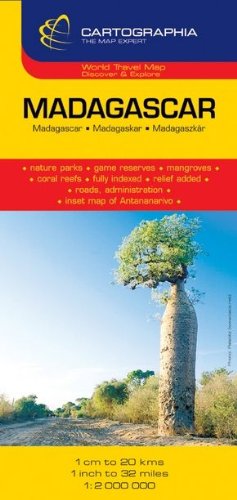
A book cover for Madagascar (Cartographia International Road Map); Travel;